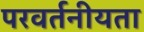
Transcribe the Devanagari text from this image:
परवर्तनीयता